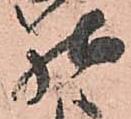
様